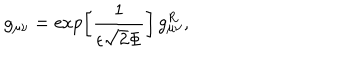
LaTeX: g _ { \mu \nu } = \exp \left[ \frac { 1 } { \epsilon \sqrt { 2 } \Phi } \right] \, g _ { \mu \nu } ^ { R } ,